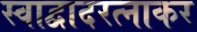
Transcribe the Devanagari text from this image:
स्वाद्वादरत्नाकर